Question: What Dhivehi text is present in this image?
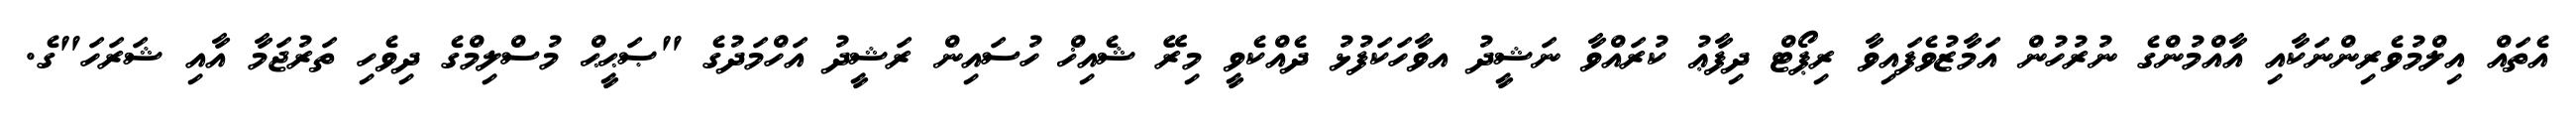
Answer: އެތައް އިލްމުވެރިންނަކާއި އާއްމުންގެ ނުރުހުން އަމާޒުވެފައިވާ ރިޕޯޓް ދިފާޢު ކުރައްވާ ނަޝީދު އވާހަކަފުޅު ދެއްކެވީ މިރޭ ޝެއިޚް ހުސައިން ރަޝީދު އަހްމަދުގެ "ޞަޙީޙް މުސްލިމްގެ ދިވެހި ތަރުޖަމާ އާއި ޝަރަހަ"ގެ.